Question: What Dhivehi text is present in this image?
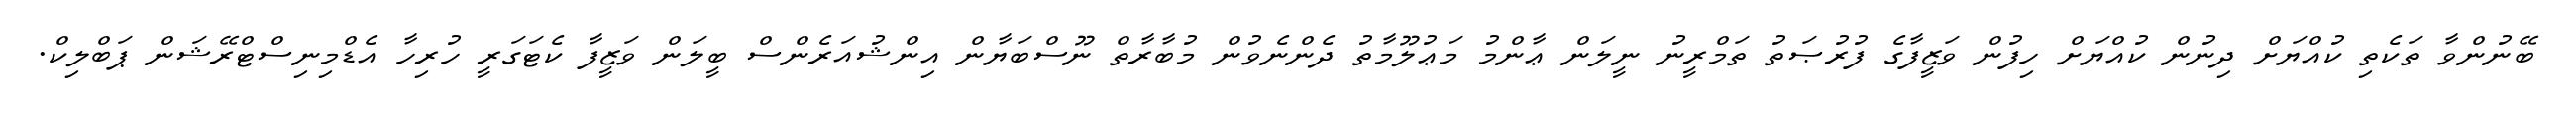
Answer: ބޭނުންވާ ތަކެތި ކުއްޔަށް ދިނުން ކުއްޔަށް ހިފުން ވަޒީފާގެ ފުރުޞަތު ތަމްރީނު ނީލަން ޢާންމު މަޢުލޫމާތު ދެންނެވުން މުބާރާތް ނޫސްބަޔާން އިންޝުއަރެންސް ބީލަން ވަޒީފާ ކެޓަގަރީ ހުރިހާ އެޑްމިނިސްޓްރޭޝަން ޕަބްލިކް.